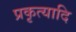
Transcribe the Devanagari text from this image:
प्रकृत्यादि